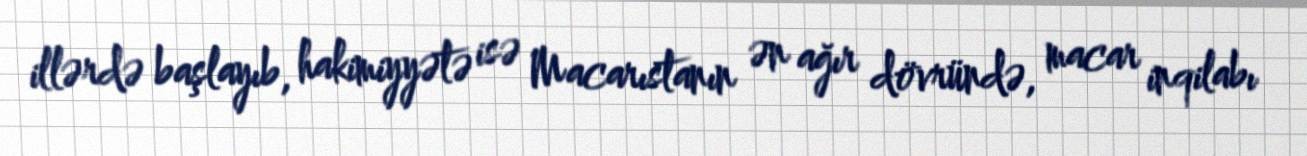
illərdə başlayıb, hakimiyyətə isə Macarıstanın ən ağır dövründə, macar inqilabı